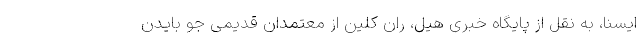
ایسنا، به نقل از پایگاه خبری هیل، ران کلین از معتمدان قدیمی جو بایدن